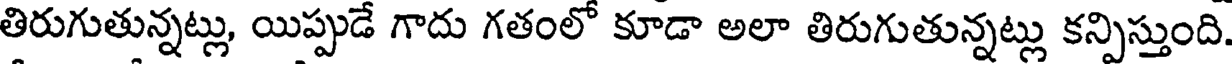
తిరుగుతున్నట్లు, యిప్పుడే గాదు గతంలో కూడా అలా తిరుగుతున్నట్లు కన్పిస్తుంది